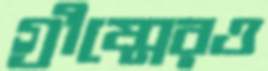
গ্রীষ্মেরও